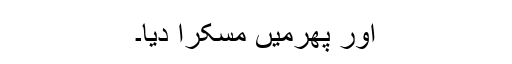
اور پھرمیں مسکرا دیا۔